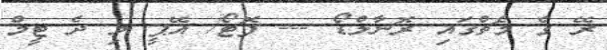
ރޭ ގެ މެޗްގައި ރޮނާލްޑޯ --- ފޮޓޯ/ އޭޕީ މި ދެ ޓީމް